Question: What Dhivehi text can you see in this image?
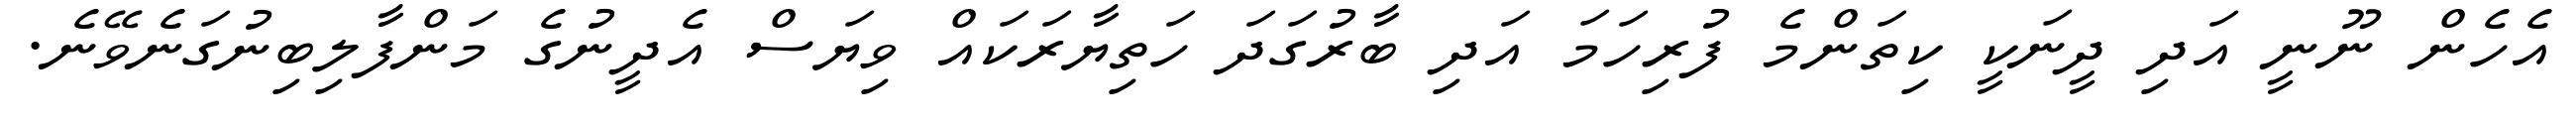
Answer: އެހެން ނޫނީ އަދި ދީނަކީ ކިތަންމެ ފުރިހަމަ އަދި ބާރުގަދަ ހަތިޔާރަކައް ވިޔަސް އެދީނުގެ މަންފާލިބިނުގަނެވޭނެ.